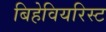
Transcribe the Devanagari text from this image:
बिहेवियरिस्ट